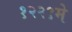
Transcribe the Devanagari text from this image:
१२२९मे